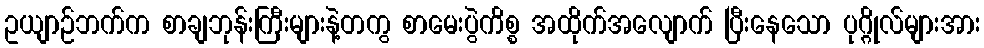
ဥယျာဉ်ဘက်က စာချဘုန်းကြီးများနဲ့တကွ စာမေးပွဲကိစ္စ အထိုက်အလျောက် ပြီးနေသော ပုဂ္ဂိုလ်များအား